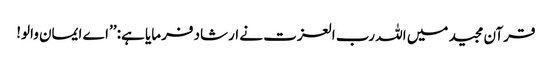
قرآن مجید میں اللہ رب العزت نے ارشاد فرمایا ہے: ’’اے ایمان والو!